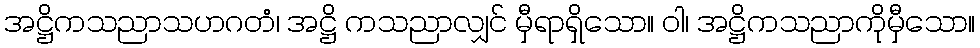
အဋ္ဌိကသညာသဟဂတံ၊ အဋ္ဌိ ကသညာလျှင် မှီရာရှိသော။ ဝါ၊ အဋ္ဌိကသညာကိုမှီသော။